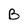
Character: B